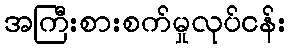
အကြီးစားစက်မှုလုပ်ငန်း